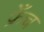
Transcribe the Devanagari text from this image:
फ्रेँच